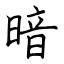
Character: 暗